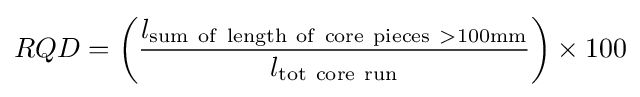
RQD=\left({\frac {l_{\mathrm {sum~of~length~of~core~pieces~>100mm} }}{l_{\mathrm {tot~core~run} }}}\right)\times 100